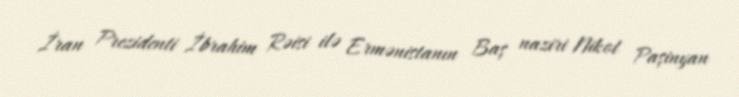
İran Prezidenti İbrahim Rəisi ilə Ermənistanın Baş naziri Nikol Paşinyan